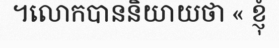
។លោកបាននិយាយថា « ខ្ញុំ